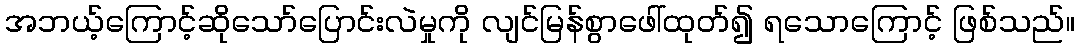
အဘယ့်ကြောင့်ဆိုသော်ပြောင်းလဲမှုကို လျင်မြန်စွာဖေါ်ထုတ်၍ ရသောကြောင့် ဖြစ်သည်။